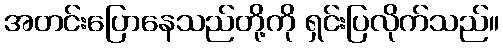
အတင်းပြောနေသည်တို့ကို ရှင်းပြလိုက်သည်။